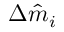
\Delta \hat { m } _ { i }